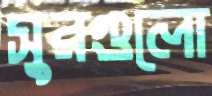
সুরগুলো